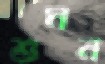
শুমন